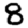
Digit: 8